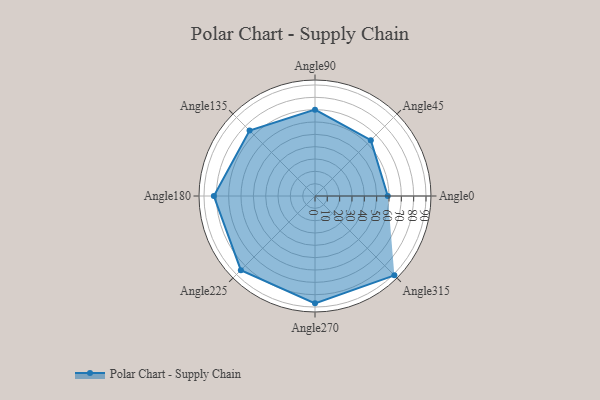
{"axis": {"x": "Angle", "y": "Radius"}, "legend": [""], "data": [{"x": "Angle0", "y": 59.0, "type": ""}, {"x": "Angle45", "y": 64.0, "type": ""}, {"x": "Angle90", "y": 70.0, "type": ""}, {"x": "Angle135", "y": 75.0, "type": ""}, {"x": "Angle180", "y": 82.0, "type": ""}, {"x": "Angle225", "y": 85.0, "type": ""}, {"x": "Angle270", "y": 87.0, "type": ""}, {"x": "Angle315", "y": 91.0, "type": ""}]}